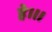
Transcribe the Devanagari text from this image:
हे।।।